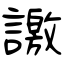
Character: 譤